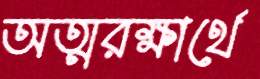
অত্মরক্ষার্থে